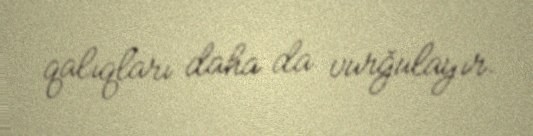
qalıqları daha da vurğulayır.